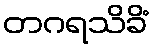
တဂရသိခိံ